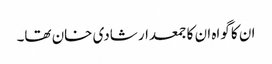
ان کا گواہ ان کا جمعدار شادی خان تھا۔